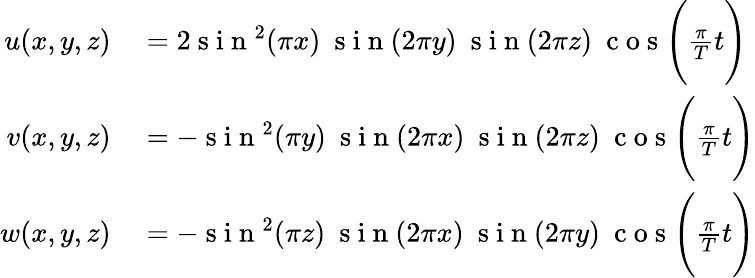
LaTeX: \begin{array}{rl}{u(x,y,z)}&{{}=2\mathrm{~s~i~n~}^{2}(\pi x)\ \mathrm{~s~i~n~}(2\pi y)\ \mathrm{~s~i~n~}(2\pi z)\ \mathrm{~c~o~s~}\Bigg(\frac{\pi}{T}t\Bigg)}\\ {v(x,y,z)}&{{}=-\mathrm{~s~i~n~}^{2}(\pi y)\ \mathrm{~s~i~n~}(2\pi x)\ \mathrm{~s~i~n~}(2\pi z)\ \mathrm{~c~o~s~}\Bigg(\frac{\pi}{T}t\Bigg)}\\ {w(x,y,z)}&{{}=-\mathrm{~s~i~n~}^{2}(\pi z)\ \mathrm{~s~i~n~}(2\pi x)\ \mathrm{~s~i~n~}(2\pi y)\ \mathrm{~c~o~s~}\Bigg(\frac{\pi}{T}t\Bigg)}\end{array}